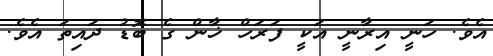
އެވެ. ހަނީ އިރާނީ އަކީ ފަރަހް ޚާން ގެ ބޮޑު ދައިތަ އެވެ.